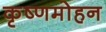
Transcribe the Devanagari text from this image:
कृष्णमोहन